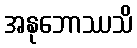
အနုဘောဿသိ